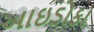
આઇડોકા